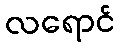
လရောင်